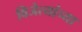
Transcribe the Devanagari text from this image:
विजेत्यांच्या